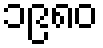
၁၉၈၀